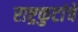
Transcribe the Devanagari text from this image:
राष्ट्रकुटांचे